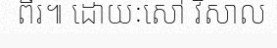
ពីរ៕ ដោយៈសៅ វិសាល